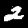
Digit: 2